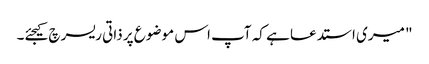
"‌ میری استدعا ہے کہ آپ اس موضوع پر ذاتی ریسرچ کیجئے۔